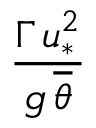
\frac { \Gamma \, u _ { * } ^ { 2 } } { g \, \overline { { \theta } } }